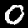
Digit: 0